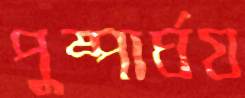
পুষ্পার্ঘয